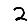
Digit: 2